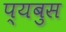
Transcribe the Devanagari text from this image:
प्यबुस